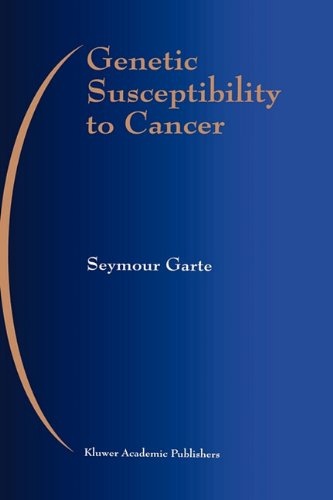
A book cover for Genetic Susceptibility to Cancer (Developments in Oncology); Seymour Garte; Medical Books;